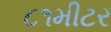
૮૧મીટર